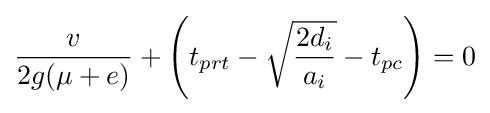
{\frac {v}{2g(\mu +e)}}+\left(t_{prt}-{\sqrt {\frac {2d_{i}}{a_{i}}}}-t_{pc}\right)=0